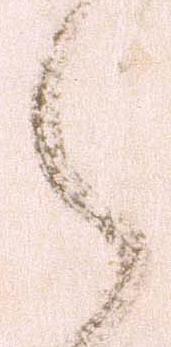
之